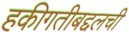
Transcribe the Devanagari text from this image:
हकीगतीबद्दलची